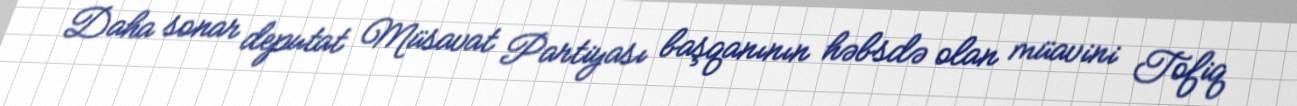
Daha sonar deputat Müsavat Partiyası başqanının həbsdə olan müavini Tofiq